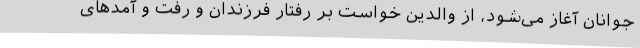
جوانان آغاز می‌شود، از والدین خواست بر رفتار فرزندان و رفت و آمدهای